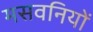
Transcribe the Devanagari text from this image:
मसवनियों